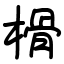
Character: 榾